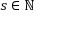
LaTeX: s \in \mathbb { N }